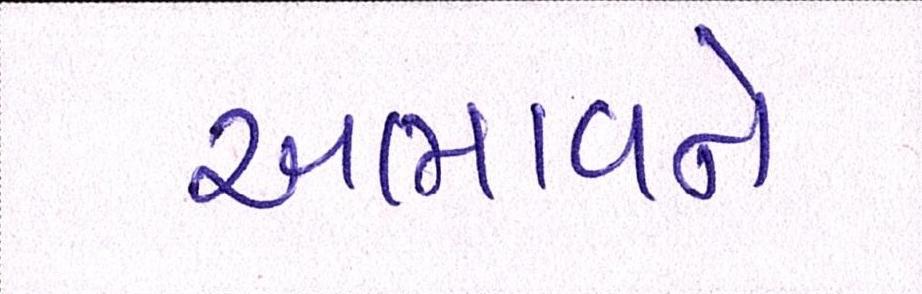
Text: અભાવને